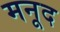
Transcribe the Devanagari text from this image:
मनूद